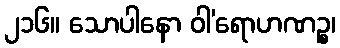
၂၁၆။ သောပါနော ဝါ’ရောဟဏဉ္စ၊